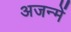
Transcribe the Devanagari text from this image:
अजन्में